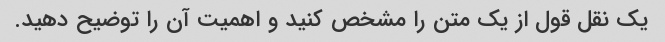
یک نقل قول از یک متن را مشخص کنید و اهمیت آن را توضیح دهید.